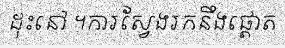
ដុះនៅ ។ការស្វែងរកនឹងផ្តោត